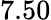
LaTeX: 7.50